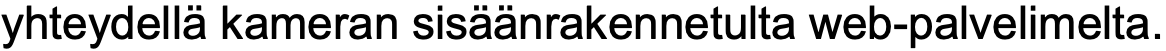
yhteydellä kameran sisäänrakennetulta web-palvelimelta.